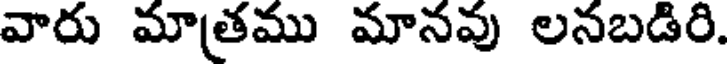
వారు మాత్రము మానవు లనబడిరి.